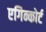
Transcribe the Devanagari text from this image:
एगिन्कोर्ट